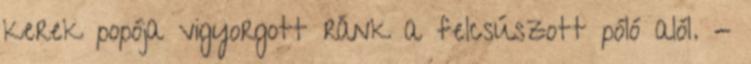
kerek popója vigyorgott ránk a felcsúszott póló alól. -